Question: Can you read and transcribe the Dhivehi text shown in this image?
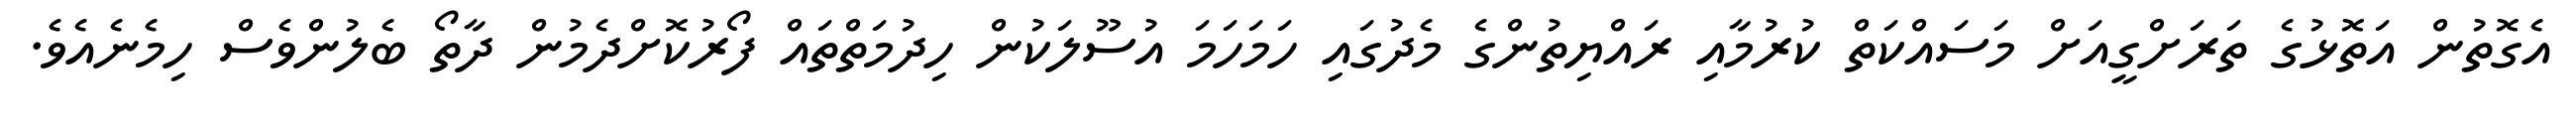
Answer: އެގޮތުން އަތޮޅުގެ ތަރަށްގީއަށް މަސައްކަތް ކުރުމާއި ރައްޔިތުންގެ މެދުގައި ހަމަހަމަ އުސޫލަކުން ހިދުމަތްތައް ފޯރުކޮށްދެމުން ދާތޯ ބެލުންވެސް ހިމެނެއެވެ.